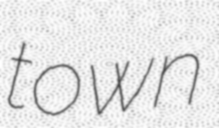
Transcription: town